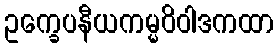
ဥက္ခေပနီယကမ္မဝိဝါဒကထာ